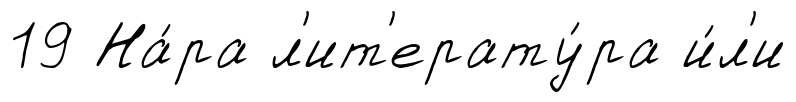
19 На́ра л'ит'ерату́ра и́л'и